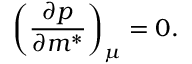
\left( \frac { \partial p } { \partial m ^ { * } } \right) _ { \mu } = 0 .